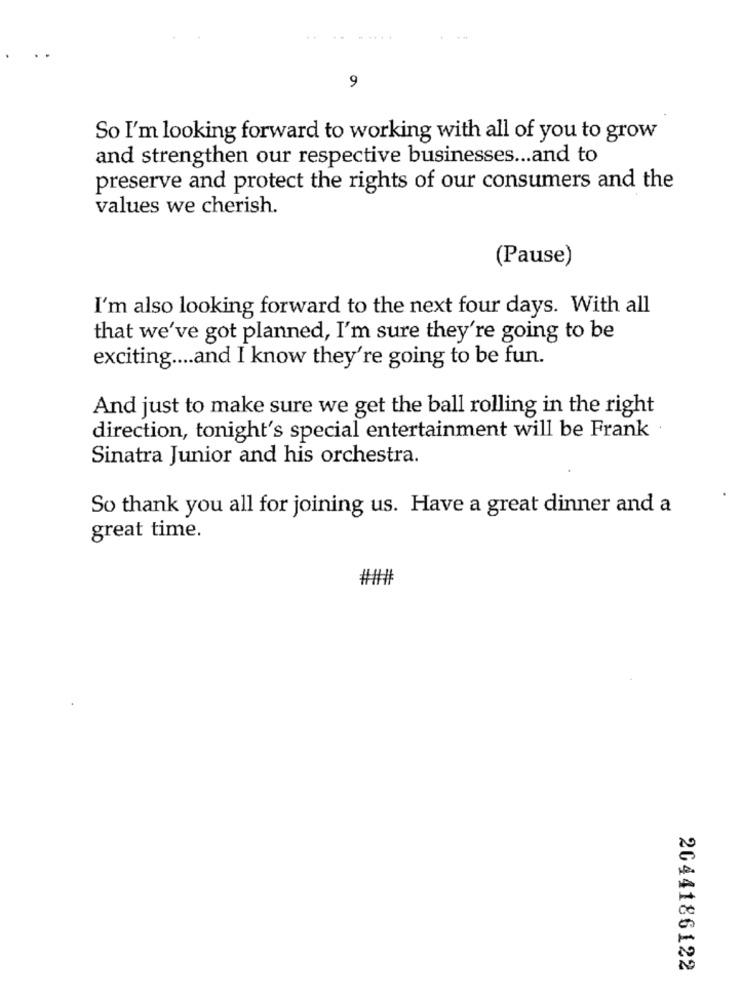
9
So I'm looking forward to working with all of you to grow
and strengthen our respective businesses ... and to
preserve and protect the rights of our consumers and the
values we cherish.
(Pause)
I'm also looking forward to the next four days. With all
that we've got planned, I'm sure they're going to be
exciting .... and I know they're going to be fun.
And just to make sure we get the ball rolling in the right
direction, tonight's special entertainment will be Frank .
Sinatra Junior and his orchestra.
So thank you all for joining us. Have a great dinner and a
great time.
#####
2044186122